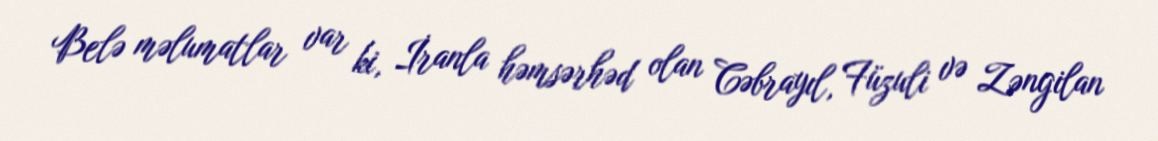
Belə məlumatlar var ki, İranla həmsərhəd olan Cəbrayıl, Füzuli və Zəngilan